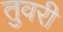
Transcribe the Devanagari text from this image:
तुवरी